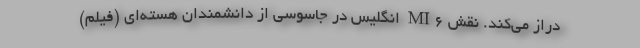
دراز می‌کند. نقش MI6 انگلیس در جاسوسی از دانشمندان هسته‌ای (فیلم)